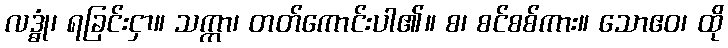
လဒ္ဓုံ၊ ရခြင်းငှာ။ သက္ကာ၊ တတ်ကောင်းပါ၏။ စ၊ စင်စစ်ကား။ သောဧဝ၊ ထို